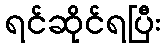
ရင်ဆိုင်ရပြီး